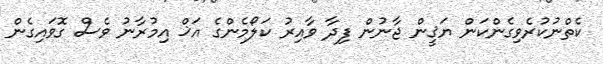
ކެތްނުކުރެވިގެންކަން ޔަޤީން ޖާނުން ފިދާ ވާއިރު ކަލޯމެންގެ އަޚް އިމުރާނު ވެސް ގޮވައިގެން